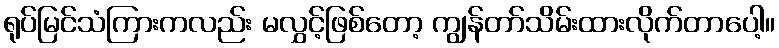
ရုပ်မြင်သံကြားကလည်း မလွှင့်ဖြစ်တော့ ကျွန်တာ်သိမ်းထားလိုက်တာပေါ့။